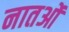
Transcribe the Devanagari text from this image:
नातओं